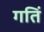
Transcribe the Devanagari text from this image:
गतिं